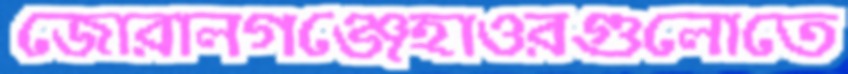
জোরালগঞ্জেহাওরগুলোতে